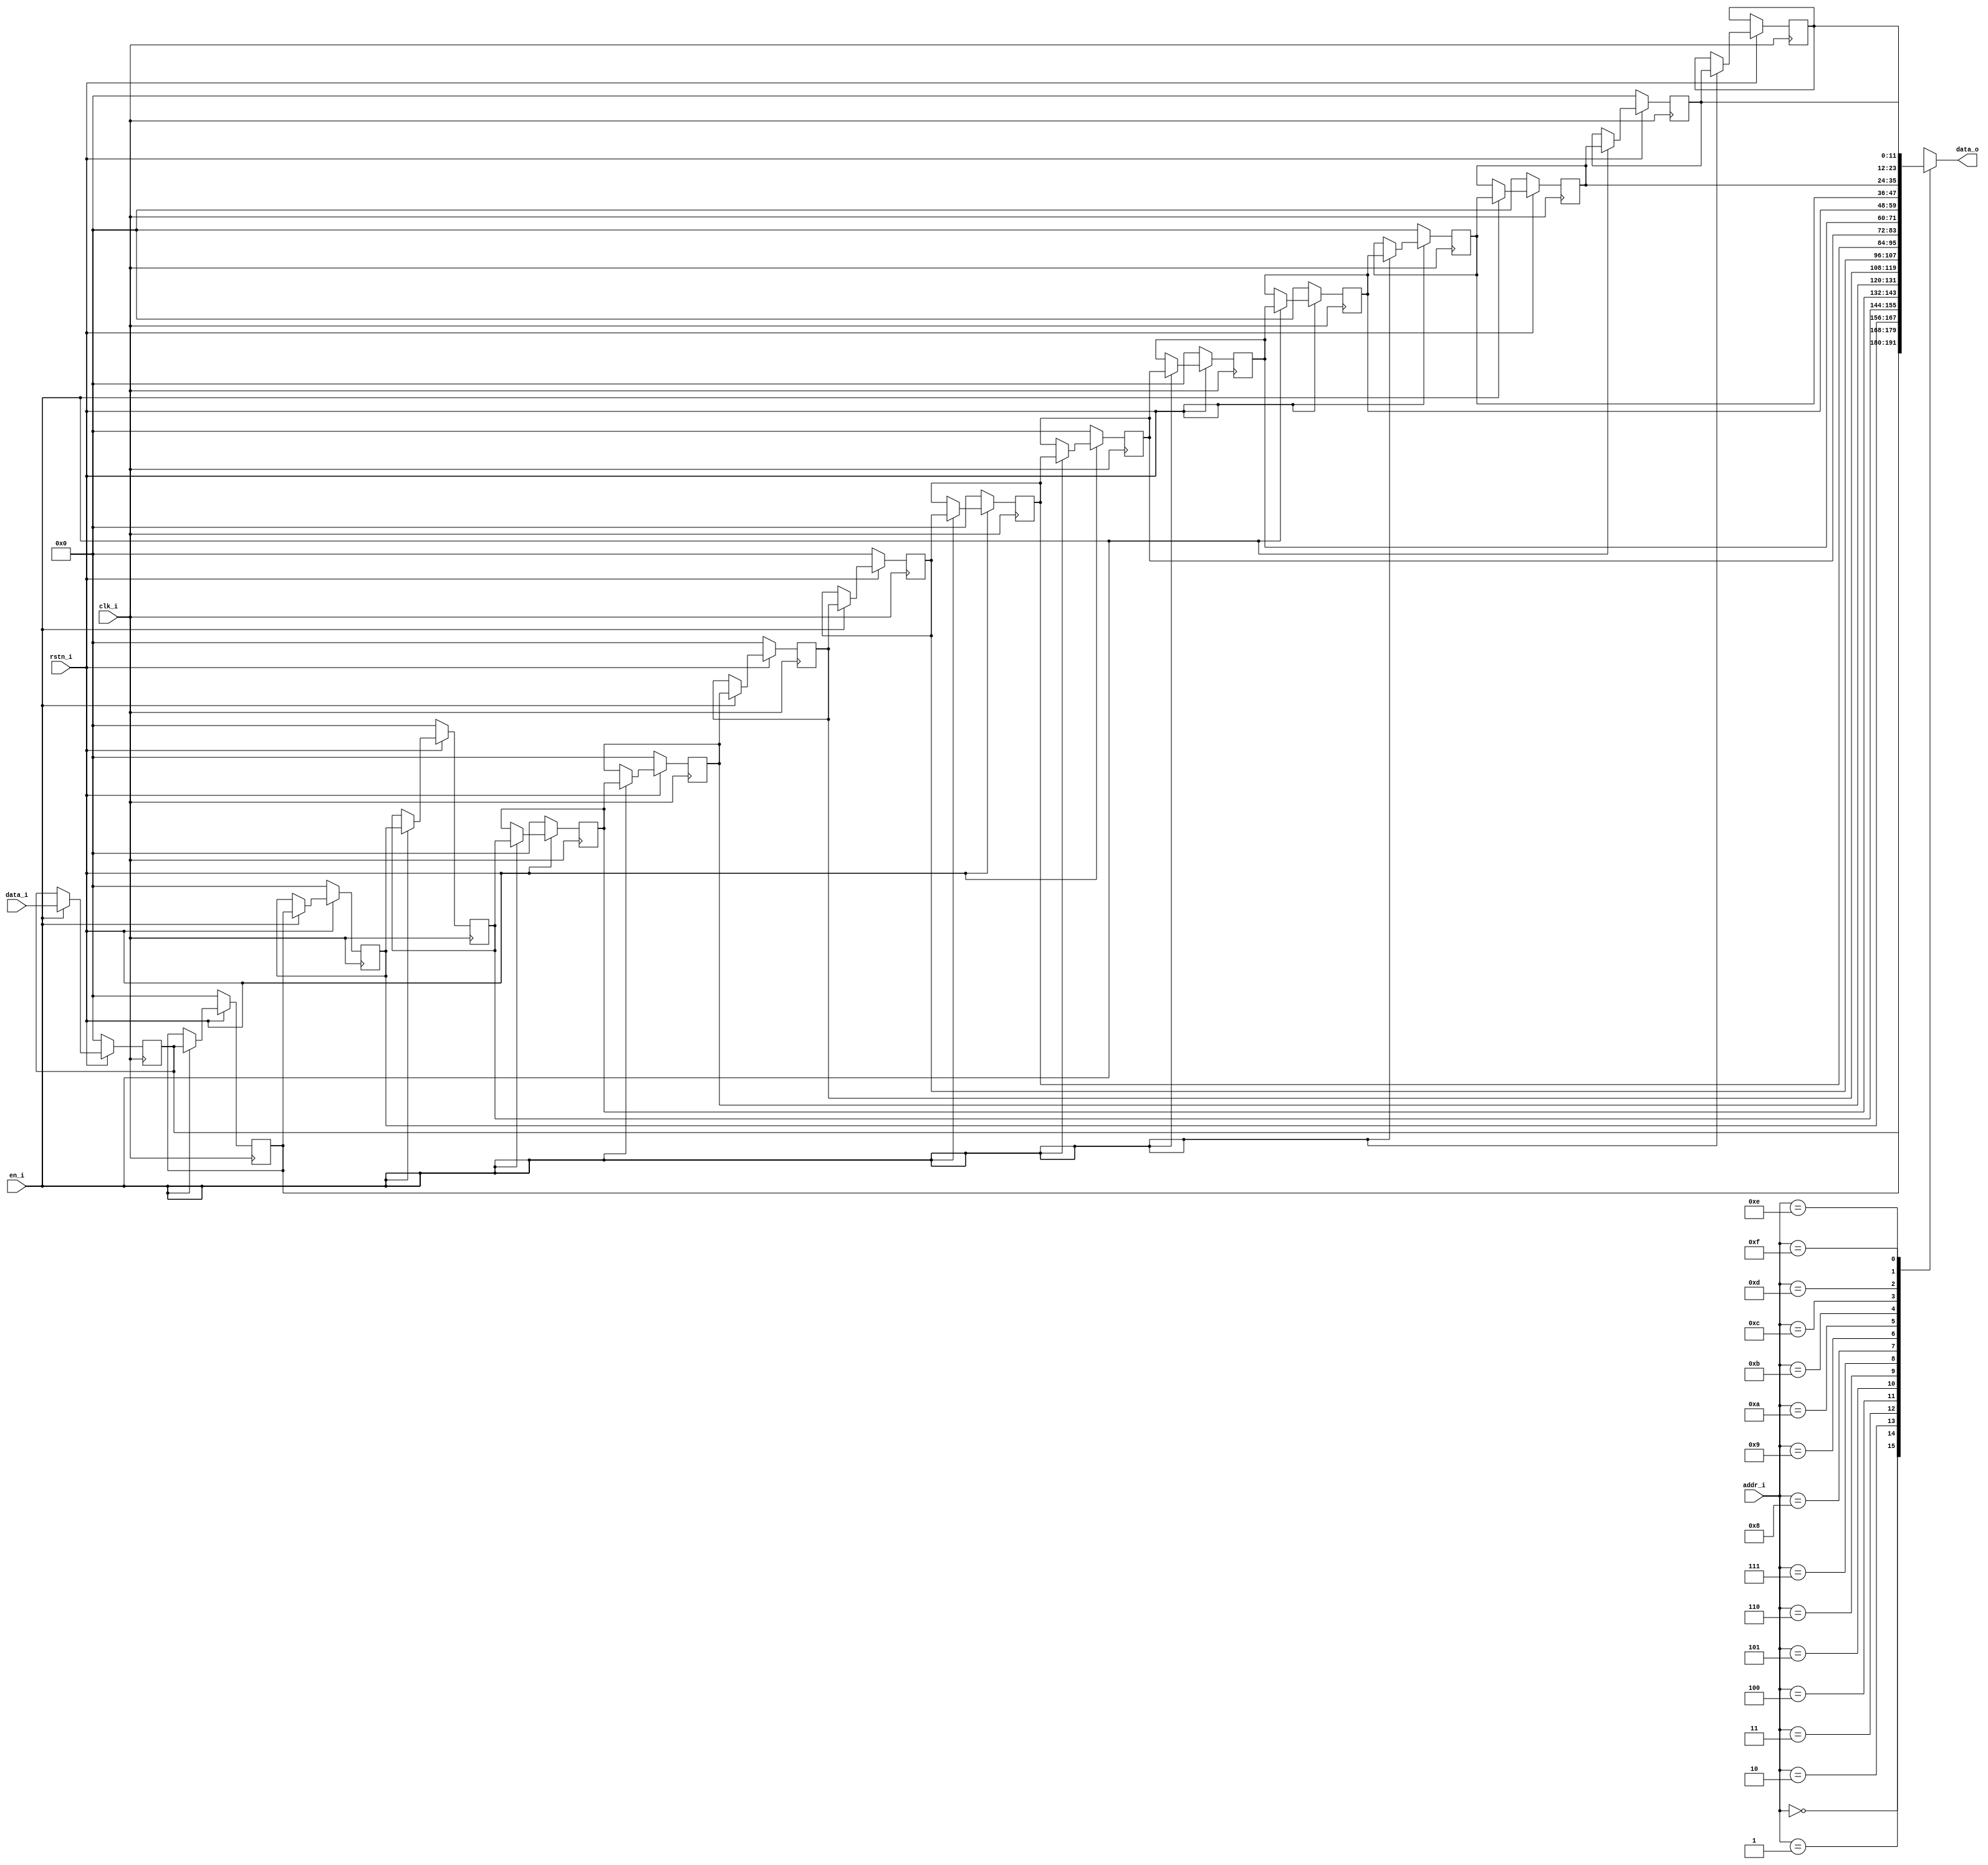
// 

module shift_reg(
    input  wire       clk_i ,
    input  wire       rstn_i,
    input  wire       en_i  ,
    input  wire[11:0] data_i,
    input  wire[3:0]  addr_i,
    output reg[11:0]  data_o
);

reg[11:0] reg_data_i[0:15]; // 

// reg_data_i: 
integer i;
always @(posedge clk_i) begin
    if(!rstn_i) begin
        for(i = 0; i < 15; i = i + 1) begin
            reg_data_i[i] <= 'd0;
        end
    end else begin
        if(en_i) begin
            for(i = 0; i < 15; i = i + 1) begin
                reg_data_i[i+1] <= reg_data_i[i];
            end
            reg_data_i[0] <= data_i;
        end
    end
end
    

// 
always @(*) begin
    case(addr_i)
        4'd0    : data_o <= reg_data_i[0];
        4'd1    : data_o <= reg_data_i[1];
        4'd2    : data_o <= reg_data_i[2];
        4'd3    : data_o <= reg_data_i[3];
        4'd4    : data_o <= reg_data_i[4];
        4'd5    : data_o <= reg_data_i[5];
        4'd6    : data_o <= reg_data_i[6];
        4'd7    : data_o <= reg_data_i[7];
        4'd8    : data_o <= reg_data_i[8];
        4'd9    : data_o <= reg_data_i[9];
        4'd10   : data_o <= reg_data_i[10];
        4'd11   : data_o <= reg_data_i[11];
        4'd12   : data_o <= reg_data_i[12];
        4'd13   : data_o <= reg_data_i[13];
        4'd14   : data_o <= reg_data_i[14];
        4'd15   : data_o <= reg_data_i[15];
        default : data_o <= 'd0;
    endcase
end

endmodule